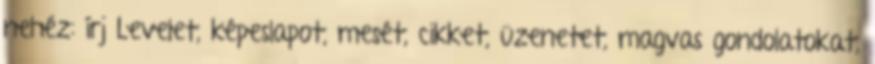
nehéz: írj Levelet, képeslapot, mesét, cikket, üzenetet, magvas gondolatokat,